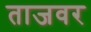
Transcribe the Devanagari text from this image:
ताजवर